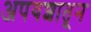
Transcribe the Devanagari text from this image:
अपयशातून